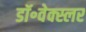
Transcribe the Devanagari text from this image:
डॉ॰वेक्स्लर